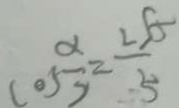
\cos \frac { \alpha } { 2 } = \frac { 2 5 \alpha } { 5 }